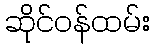
ဆိုင်ဝန်ထမ်း